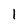
Character: I